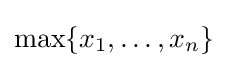
\max\{x_{1},\dots ,x_{n}\}